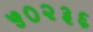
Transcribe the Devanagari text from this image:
५०२३६